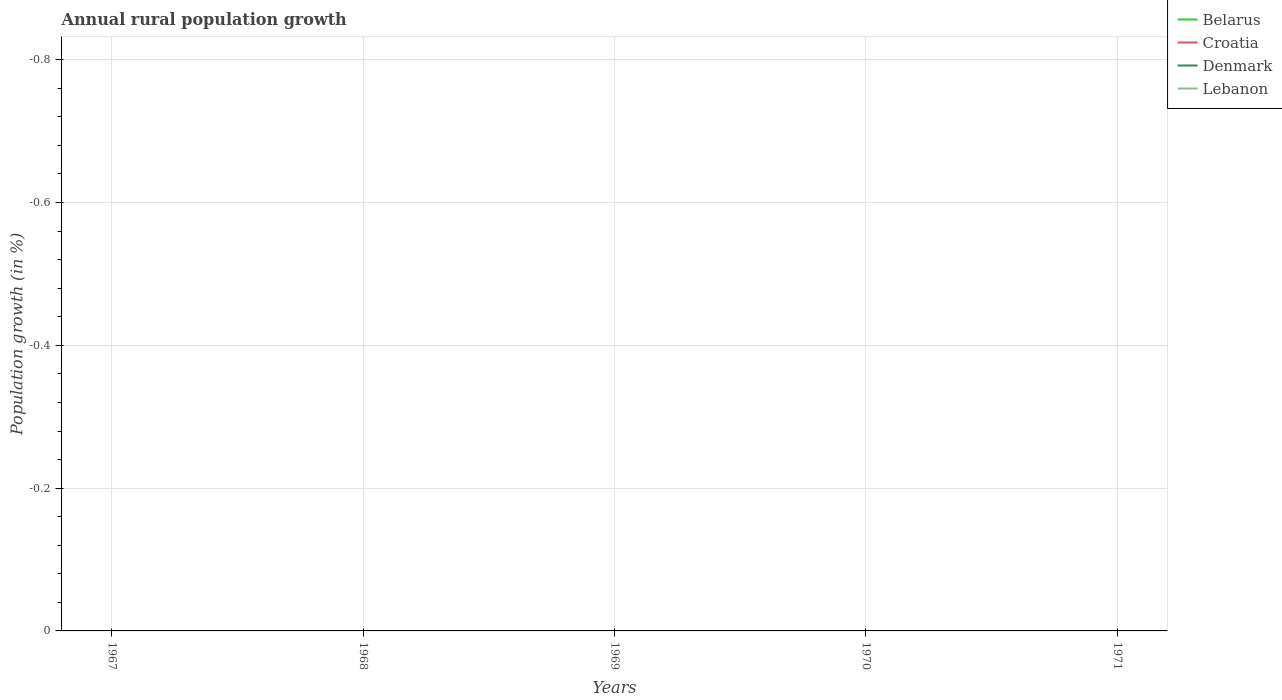
| Years | Belarus | Croatia | Denmark | Lebanon |
 | --- | --- | --- | --- | --- |
 | 1967 | -0.897 | -1.03 | -1.67 | -1.93 |
 | 1968 | -0.97 | -1.1 | -1.87 | -2.19 |
 | 1969 | -1.07 | -1.19 | -1.94 | -2.16 |
 | 1970 | -1.32 | -1.22 | -1.76 | -2 |
 | 1971 | -1.59 | -1.22 | -1.81 | -1.57 |